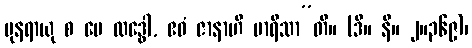
ပုနရာယု စ မေ လဒ္ဓေါ, ဧဝံ ဇာနာဟိ မာရိသာ”တိ။ (ဒီ။ နိ။ ၂။၃၆၉)၊